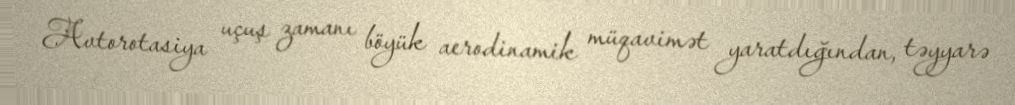
Avtorotasiya uçuş zamanı böyük aerodinamik müqavimət yaratdığından, təyyarə